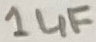
Text: 1µF